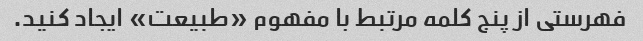
فهرستی از پنج کلمه مرتبط با مفهوم «طبیعت» ایجاد کنید.